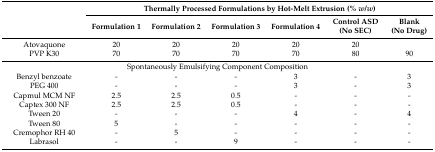
<table><thead><tr><td rowspan="2"></td><td colspan="6"><b>Thermally Processed Formulations by Hot-Melt Extrusion (% <i>w</i>/<i>w</i>)</b></td></tr><tr><td><b>Formulation 1</b></td><td><b>Formulation 2</b></td><td><b>Formulation 3</b></td><td><b>Formulation 4</b></td><td><b>Control ASD (No SEC)</b></td><td><b>Blank (No Drug)</b></td></tr></thead><tbody><tr><td>Atovaquone</td><td>20</td><td>20</td><td>20</td><td>20</td><td>20</td><td></td></tr><tr><td>PVP K30</td><td>70</td><td>70</td><td>70</td><td>70</td><td>80</td><td>90</td></tr><tr><td colspan="7">Spontaneously Emulsifying Component Composition</td></tr><tr><td>Benzyl benzoate</td><td>-</td><td>-</td><td>-</td><td>3</td><td>-</td><td>3</td></tr><tr><td>PEG 400</td><td>-</td><td>-</td><td>-</td><td>3</td><td>-</td><td>3</td></tr><tr><td>Capmul MCM NF</td><td>2.5</td><td>2.5</td><td>0.5</td><td>-</td><td>-</td><td>-</td></tr><tr><td>Captex 300 NF</td><td>2.5</td><td>2.5</td><td>0.5</td><td>-</td><td>-</td><td>-</td></tr><tr><td>Tween 20</td><td>-</td><td>-</td><td>-</td><td>4</td><td>-</td><td>4</td></tr><tr><td>Tween 80</td><td>5</td><td>-</td><td>-</td><td>-</td><td>-</td><td>-</td></tr><tr><td>Cremophor RH 40</td><td>-</td><td>5</td><td>-</td><td>-</td><td>-</td><td>-</td></tr><tr><td>Labrasol</td><td>-</td><td>-</td><td>9</td><td>-</td><td>-</td><td>-</td></tr></tbody></table>